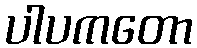
ပါပကတော